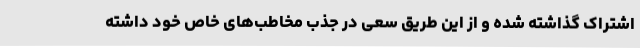
اشتراک گذاشته شده و از این طریق سعی در جذب مخاطب‌های خاص خود داشته